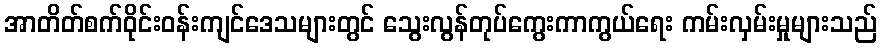
အာတိတ်စက်ဝိုင်းဝန်းကျင်ဒေသများတွင် သွေးလွန်တုပ်ကွေးကာကွယ်ရေး ကမ်းလှမ်းမှုများသည်